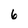
Character: 6